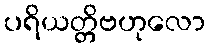
ပရိယတ္တိဗဟုလော